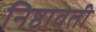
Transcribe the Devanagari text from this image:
निष्ठावती